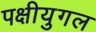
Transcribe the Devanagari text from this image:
पक्षीयुगल